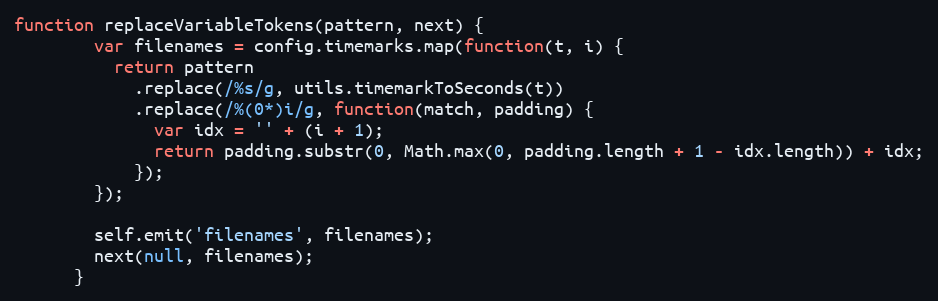
Language: JavaScript
function replaceVariableTokens(pattern, next) {
        var filenames = config.timemarks.map(function(t, i) {
          return pattern
            .replace(/%s/g, utils.timemarkToSeconds(t))
            .replace(/%(0*)i/g, function(match, padding) {
              var idx = '' + (i + 1);
              return padding.substr(0, Math.max(0, padding.length + 1 - idx.length)) + idx;
            });
        });

        self.emit('filenames', filenames);
        next(null, filenames);
      }